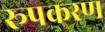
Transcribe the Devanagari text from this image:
रूपकरण